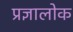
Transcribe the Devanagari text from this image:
प्रज्ञालोक